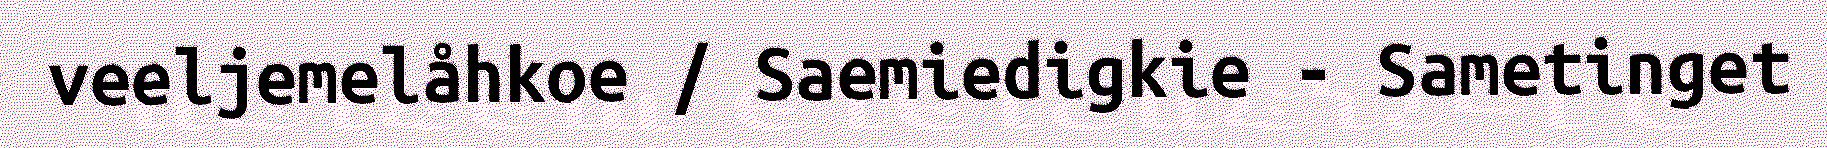
veeljemelåhkoe / Saemiedigkie - Sametinget